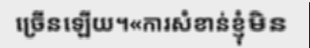
ច្រើនឡើយ។«ការសំខាន់ខ្ញុំមិន